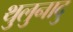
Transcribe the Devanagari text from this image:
थुलुनादु